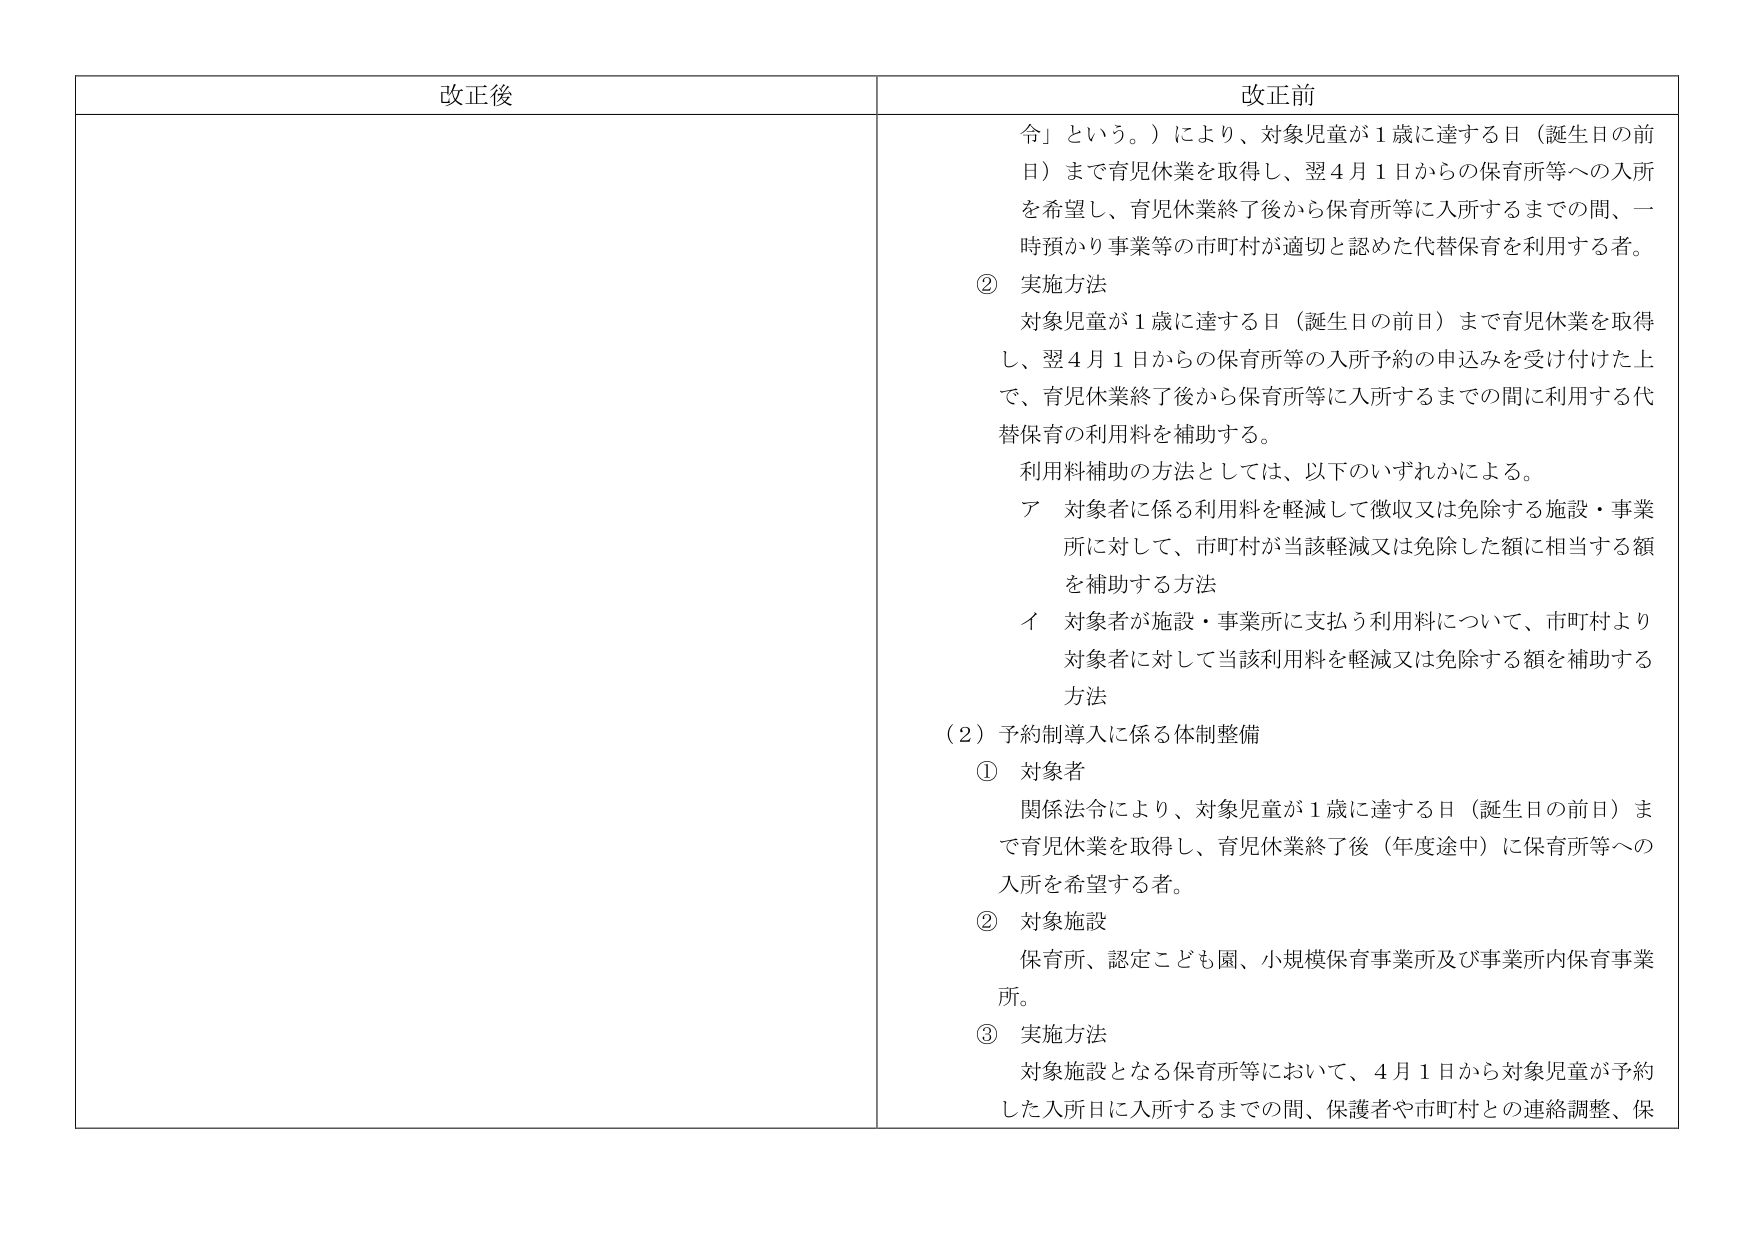
改正後

改正前
令」という。）により、対象児童が１歳に達する日（誕生日の前日）まで育児休業を取得し、翌４月１日からの保育所等への入所を希望し、育児休業終了後から保育所等に入所するまでの間、一時預かり事業等の市町村が適切と認めた代替保育を利用する者。

② 実施方法
対象児童が１歳に達する日（誕生日の前日）まで育児休業を取得し、翌４月１日からの保育所等の入所予約の申込みを受け付けた上で、育児休業終了後から保育所等に入所するまでの間に利用する代替保育の利用料を補助する。
利用料補助の方法としては、以下のいずれかによる。
ア 対象者に係る利用料を軽減して徴収又は免除する施設・事業所に対して、市町村が当該軽減又は免除した額に相当する額を補助する方法
イ 対象者が施設・事業所に支払う利用料について、市町村より対象者に対して当該利用料を軽減又は免除する額を補助する方法

（２）予約制導入に係る体制整備
① 対象者
関係法令により、対象児童が１歳に達する日（誕生日の前日）まで育児休業を取得し、育児休業終了後（年度途中）に保育所等への入所を希望する者。
② 対象施設
保育所、認定こども園、小規模保育事業所及び事業所内保育事業所。
③ 実施方法
対象施設となる保育所等において、４月１日から対象児童が予約した入所日に入所するまでの間、保護者や市町村との連絡調整、保